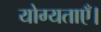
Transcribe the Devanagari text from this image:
योग्यताएँ।